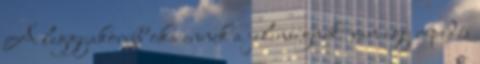
A leggyakoribb oka ennek a jelenségnek: van egy repedés